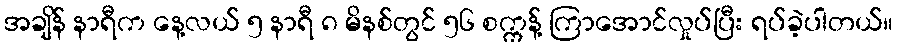
အချိန် နာရီက နေ့လယ် ၅ နာရီ ၈ မိနစ်တွင် ၅၆ စက္ကန့် ကြာအောင်လှုပ်ပြီး ရပ်ခဲ့ပါတယ်။